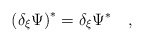
\begin{align*} \left( \delta_\xi \Psi \right)^* = \delta_\xi \Psi^* \quad ,\end{align*}